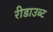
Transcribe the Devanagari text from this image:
रीडाउब्ट